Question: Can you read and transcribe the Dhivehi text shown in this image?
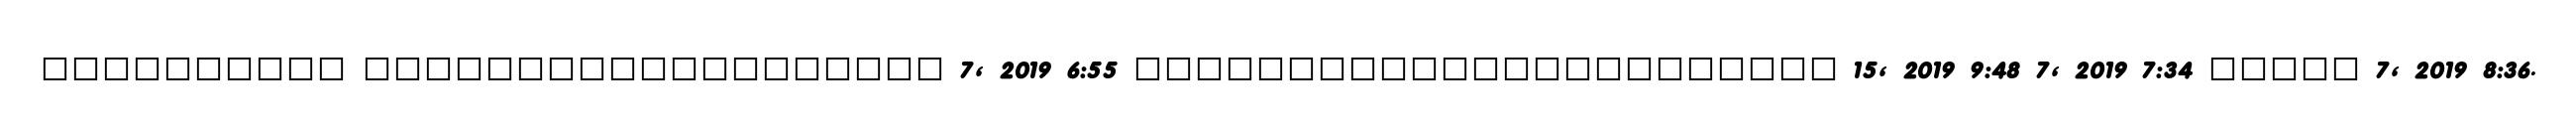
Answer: ?????????? ??????????????????? 7, 2019 6:55 ??????????????????????? 15, 2019 9:48 7, 2019 7:34 ????? 7, 2019 8:36.